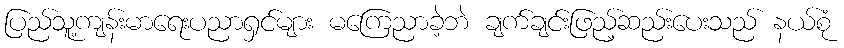
ပြည်သူ့ကျန်းမာရေးပညာရှင်များ မကြေညာခဲ့ဘဲ ချက်ချင်းဖြည့်ဆည်းပေးသည် နယ်စုံ